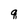
Character: q